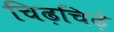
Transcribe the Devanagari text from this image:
चिढ़चिढ़े